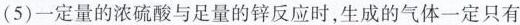
(5)一定量的浓硫酸与足量的锌反应时，生成的气体一定只有